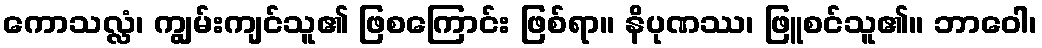
ကောသလ္လံ၊ ကျွမ်းကျင်သူ၏ ဖြစကြောင်း ဖြစ်ရာ။ နိပုဏဿ၊ ဖြူစင်သူ၏။ ဘာဝေါ၊